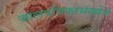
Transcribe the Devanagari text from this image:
जालपत्रिकासंख्येने